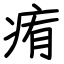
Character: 痏